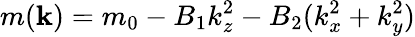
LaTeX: m({\mathbf k})=m_{0}-B_{1}k_{z}^{2}-B_{2}(k_{x}^{2}+k_{y}^{2})